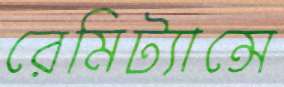
রেমিট্যান্সে